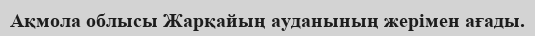
Ақмола облысы Жарқайың ауданының жерімен ағады.